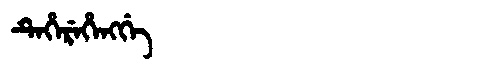
Manchu: ᡨᡝᡥᡝᡵᡝᡥᡝᠩᡤᡝ
Romanization: TEHEREHENGGE